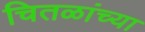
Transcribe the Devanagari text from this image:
चितळांच्या